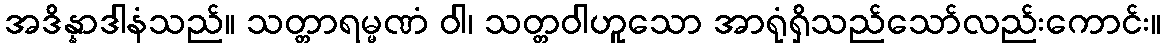
အဒိန္နာဒါနံသည်။ သတ္တာရမ္မဏံ ဝါ၊ သတ္တဝါဟူသော အာရုံရှိသည်သော်လည်းကောင်း။